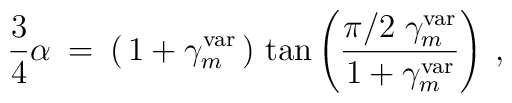
\frac{3}{4} \alpha \>=\>  \left ( \, 1 + \gamma_m^{\rm var} \, \right ) \,  \tan \left ( \frac{\pi/2  \; \gamma_m^{\rm var}}{1 + \gamma_m^{\rm var}} \right ) \> ,